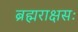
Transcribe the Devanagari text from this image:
ब्रह्मराक्षसः